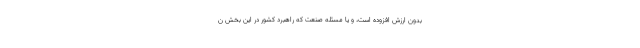
بدون ارزش افزوده است، و یا مسئله صنعت که راهبرد کشور در این بخش ن